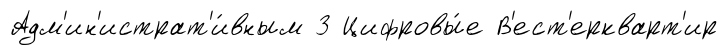
Адм'ин'истрат'и́вным 3 Цифровы́е В'ест'еркварт'ир